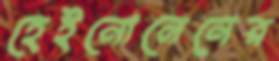
হেইনোনেনের